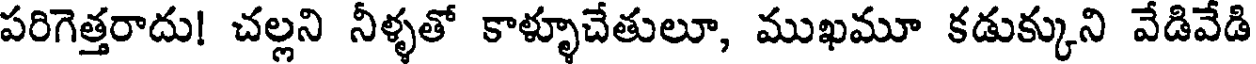
పరిగెత్తరాదు! చల్లని నీళ్ళతో కాళ్ళూచేతులూ, ముఖమూ కడుక్కుని వేడివేడి